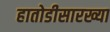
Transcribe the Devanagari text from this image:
हातोडीसारख्या